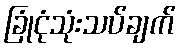
ခြုံငုံသုံးသပ်ချက်